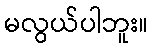
မလွယ်ပါဘူး။